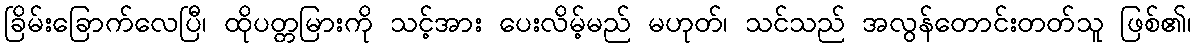
ခြိမ်းခြောက်လေပြီ၊ ထိုပတ္တမြားကို သင့်အား ပေးလိမ့်မည် မဟုတ်၊ သင်သည် အလွန်တောင်းတတ်သူ ဖြစ်၏၊